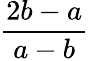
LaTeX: \frac{2b-a}{a-b}